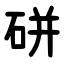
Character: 硑